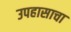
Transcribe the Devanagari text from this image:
उपहासाचा